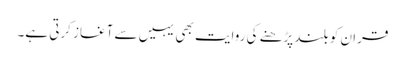
قران کو بلند پڑھنے کی روایت بھی یہیں سے آغاز کرتی ہے۔